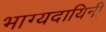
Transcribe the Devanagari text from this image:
भाग्यदायिनी